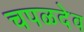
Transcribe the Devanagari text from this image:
चपळदेव